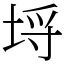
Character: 埒